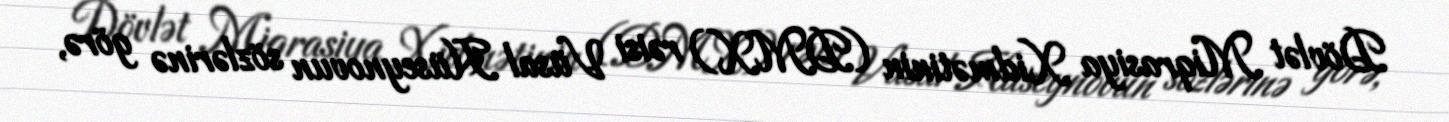
Dövlət Miqrasiya Xidmətinin (DMX) rəisi Vüsal Hüseynovun sözlərinə görə,